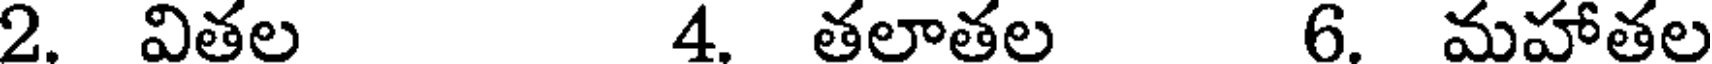
2. వితల 4. తలాతల 6. మహాతల